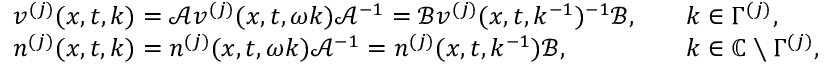
\begin{array} { r l r l } & { v ^ { ( j ) } ( x , t , k ) = \mathcal { A } v ^ { ( j ) } ( x , t , \omega k ) \mathcal { A } ^ { - 1 } = \mathcal { B } v ^ { ( j ) } ( x , t , k ^ { - 1 } ) ^ { - 1 } \mathcal { B } , } & & { k \in \Gamma ^ { ( j ) } , } \\ & { n ^ { ( j ) } ( x , t , k ) = n ^ { ( j ) } ( x , t , \omega k ) \mathcal { A } ^ { - 1 } = n ^ { ( j ) } ( x , t , k ^ { - 1 } ) \mathcal { B } , } & & { k \in { \mathbb C } \setminus \Gamma ^ { ( j ) } , } \end{array}